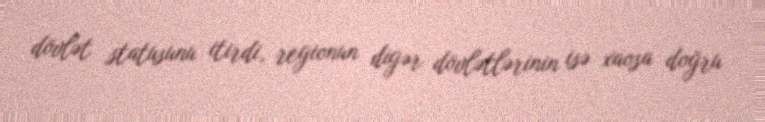
dövlət statusunu itirdi, regionun digər dövlətlərinin isə xaosa doğru